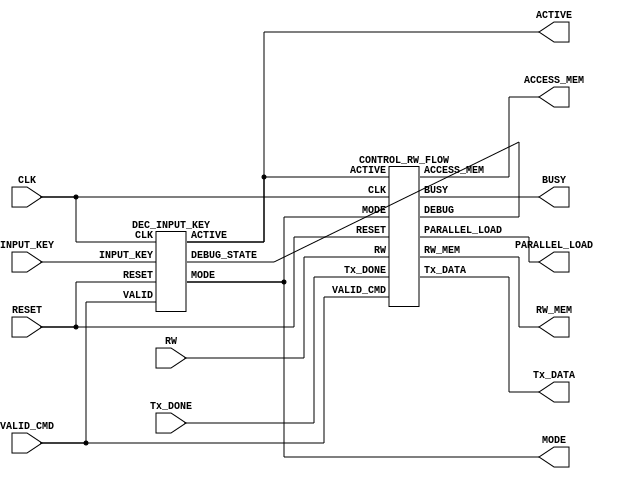
module controller(  output ACTIVE,
                    output MODE,
                    output ACCESS_MEM,
                    output RW_MEM,
                    output PARALLEL_LOAD,
                    output Tx_DATA,
                    output BUSY,
                    input  INPUT_KEY,
                    input  VALID_CMD,
                    input  RW,
                    input  Tx_DONE,
                    input  RESET,
                    input CLK);
    wire ACTIVE_TMP;
    wire MODE_TMP;

    assign ACTIVE = ACTIVE_TMP;
    assign MODE = MODE_TMP;

    wire [2:0]ignore;
    
    DEC_INPUT_KEY DRM(ACTIVE_TMP,MODE_TMP,INPUT_KEY,VALID_CMD,RESET,CLK,ignore);
    CONTROL_RW_FLOW CTRL(ACCESS_MEM,RW_MEM,PARALLEL_LOAD,Tx_DATA,BUSY,ACTIVE_TMP,MODE_TMP,VALID_CMD,RW,Tx_DONE,RESET,CLK,ignore);
endmodule

module DEC_INPUT_KEY(   output reg ACTIVE,
                        output reg MODE,
                        input      INPUT_KEY,
                        input      VALID,
                        input      RESET,
                        input      CLK,
                        output  [2:0] DEBUG_STATE);
    reg s0;
    reg s1;
    reg s2;
    wire s0_;
    wire s1_;
    wire s2_;
    assign s0_ = (s2 & ~s1 & s0) | (VALID & ~INPUT_KEY & s2 & ~s1) | (VALID & INPUT_KEY & ~s2 & ~s0);
    assign s1_ = (s2 & s1 & ~s0) | (VALID & INPUT_KEY & s1 & ~s0) | (VALID & INPUT_KEY & s2 & ~s0) | (VALID & ~INPUT_KEY & ~s2 & ~s1 & s0);
    assign s2_ = (s2 & s1 & ~s0) | (s2 & ~s1 & s0) | (VALID & s2 & ~s1) | (VALID & ~INPUT_KEY & ~s2 & s1 & s0);

    assign DEBUG_STATE = {s2,s1,s0};
    always @(posedge CLK or posedge RESET)
    begin
        if(RESET)
        begin
            s0 <= 0;
            s1 <= 0;
            s2 <= 0;
            ACTIVE <= 0;
            MODE <= 0;
        end
        else
        begin
            s0 <= s0_;
            s1 <= s1_;
            s2 <= s2_;
            
            ACTIVE <= (s2_ & s1_ & ~s0_) | (s2_ & ~s1_ & s0_);
            MODE <= (s2_ & s1_ & ~s0_);
        end
    end
endmodule

module Clock(output c);
    reg value;
    assign c = value;

    initial
        value = 0;

    always
    #5 value = ~value;
endmodule

/*
module tester_DEC_INPUT_KEY();
    wire ACTIVE;
    wire MODE;
    reg  INPUT_KEY;
    reg  VALID_CMD;
    reg  RESET;
    wire CLK;
    wire [2:0]STATE;
    Clock clk(CLK);
    DEC_INPUT_KEY dec(ACTIVE,MODE,INPUT_KEY,VALID_CMD,RESET,CLK,STATE);

    initial
    begin
        $dumpfile("dump.vcd");
        $dumpvars(0,ACTIVE,MODE,INPUT_KEY,VALID_CMD,RESET,CLK,STATE);

        RESET = 1;
        VALID_CMD = 0;

#10     RESET = 0;

        //fail on the first input
#10     VALID_CMD = 1;
        INPUT_KEY = 0;

        //fail on the second input
#7      RESET = 1;
#3      RESET = 0;
        INPUT_KEY = 1;
#10     INPUT_KEY = 1;

        //fail on the third input
#7      RESET = 1;
#3      RESET = 0;
        INPUT_KEY = 1;
#10     INPUT_KEY = 0;
#10     INPUT_KEY = 0;

        //succeed and enter mode 0
#7      RESET = 1;
#3      RESET = 0;
        INPUT_KEY = 1;
#10     INPUT_KEY = 0;
#10     INPUT_KEY = 1;
#10     INPUT_KEY = 0;
#10     INPUT_KEY = 0;

        //succeed and enter mode 1
#17      RESET = 1;
#3      RESET = 0;
        INPUT_KEY = 1;
#10     INPUT_KEY = 0;
#10     INPUT_KEY = 1;
#10     INPUT_KEY = 0;
#10     INPUT_KEY = 1;

#20     $finish();
    end
endmodule
*/

module CONTROL_RW_FLOW( output reg ACCESS_MEM,
                        output reg RW_MEM,
                        output reg PARALLEL_LOAD,
                        output reg Tx_DATA,
                        output reg BUSY,
                        input      ACTIVE,
                        input      MODE,
                        input      VALID_CMD,
                        input      RW,
                        input      Tx_DONE,
                        input      RESET,
                        input      CLK,
                        output [2:0] DEBUG);
    reg [2:0] state;
    reg [2:0] next_state;

    assign DEBUG = state;
    
    always @(posedge CLK or posedge RESET)
    begin
        if(RESET)
            state <= 0;
        else
            state <= next_state;
        
    end

    always @(state, ACTIVE,MODE,VALID_CMD,RW,Tx_DONE)
    begin
        case(state)
            0:begin
                if(VALID_CMD == 1 && RW == 0 && ACTIVE == 1 && MODE == 1 && Tx_DONE == 1) next_state <= 1;
                else if(VALID_CMD == 1 && RW == 1 && ACTIVE == 1 && MODE == 1) next_state <= 4;
                else if(VALID_CMD == 1 && ACTIVE == 1 && MODE == 0 && Tx_DONE == 1) next_state <= 5;
                else next_state <= 0;
            end
            1:begin
                if(ACTIVE == 1 && MODE == 1 && Tx_DONE == 1) next_state <= 2;
                else next_state <= 0;
            end
            2:begin
                if(ACTIVE == 1 && MODE == 1) next_state <= 3;
                else next_state <= 0;
            end
            3:begin
                if(ACTIVE == 1 && MODE == 1 && Tx_DONE == 0) next_state <= 3;
                else next_state <= 0;
            end
            4:begin
                next_state <= 0;
            end
            5:begin
                if(ACTIVE == 1 && MODE == 0) next_state <= 6;
                else next_state <= 0;
            end
            6:begin
                if(ACTIVE == 1 && MODE == 0 && Tx_DONE == 0) next_state <= 6;
                else next_state <= 0;
            end
        endcase
    end

    always @(state)
    begin
        case(state)
            0:begin
                ACCESS_MEM <= 0;
                RW_MEM <= 0;
                PARALLEL_LOAD <= 0;
                Tx_DATA <= 0;
                BUSY <= 0;
            end
            1:begin
                ACCESS_MEM <= 1;
                RW_MEM <= 0;
                PARALLEL_LOAD <= 0;
                Tx_DATA <= 0;
                BUSY <= 1;
            end
            2:begin
                ACCESS_MEM <= 0;
                RW_MEM <= 0;
                PARALLEL_LOAD <= 1;
                Tx_DATA <= 1;
                BUSY <= 1;
            end
            3:begin
                ACCESS_MEM <= 0;
                RW_MEM <= 0;
                PARALLEL_LOAD <= 0;
                Tx_DATA <= 0;
                BUSY <= 1;
            end
            4:begin
                ACCESS_MEM <= 1;
                RW_MEM <= 1;
                PARALLEL_LOAD <= 0;
                Tx_DATA <= 0;
                BUSY <= 0;
            end
            5:begin
                ACCESS_MEM <= 0;
                RW_MEM <= 0;
                PARALLEL_LOAD <= 1;
                Tx_DATA <= 1;
                BUSY <= 1;
            end
            6:begin
                ACCESS_MEM <= 0;
                RW_MEM <= 0;
                PARALLEL_LOAD <= 0;
                Tx_DATA <= 0;
                BUSY <= 1;
            end
        endcase
    end
endmodule

module D_FF(output reg Q,
            input      D,
            input      CLK);
    always @(posedge CLK)
    begin
        Q <= D;
    end
endmodule

module tester();
    wire ACCESS_MEM;
    wire RW_MEM;
    wire PARALLEL_LOAD;
    wire Tx_DATA;
    wire BUSY;
    reg ACTIVE;
    reg MODE;
    reg VALID_CMD;
    reg RW;
    reg Tx_DONE;
    reg RESET;
    wire CLK;
    Clock clk(CLK);
    wire [2:0]STATE;
    CONTROL_RW_FLOW DUT(ACCESS_MEM,RW_MEM,PARALLEL_LOAD,Tx_DATA,BUSY,ACTIVE,MODE,VALID_CMD,RW,Tx_DONE,RESET,CLK,STATE);
    
    initial
    begin
        $dumpfile("flow.vcd");
        $dumpvars(0,ACCESS_MEM,RW_MEM,PARALLEL_LOAD,Tx_DATA,BUSY,ACTIVE,MODE,VALID_CMD,RW,Tx_DONE,RESET,CLK,STATE);
        
        RESET = 1;
        ACTIVE = 1;
        MODE = 0;
        VALID_CMD = 0;
        RW = 0;
        Tx_DONE = 0;

        //0
#10     RESET = 0;

        //0 -> 0
#10     VALID_CMD = 0;

        //0 -> 1
#10     VALID_CMD = 1;
        RW = 0;
        ACTIVE = 1;
        MODE = 1;
        Tx_DONE = 1;

        //1 -> 2
#10     ACTIVE = 1;
        MODE = 1;
        Tx_DONE = 1;

        //2 -> 3
#10     VALID_CMD = 1;
        RW = 0;
        ACTIVE = 1;
        MODE = 1;
        Tx_DONE = 0;

        //3 -> 3
#10     ACTIVE = 1;
        MODE = 1;
        Tx_DONE = 0;
        
        //3 -> 0
#10     VALID_CMD = 1;
        RW = 0;
        ACTIVE = 1;
        MODE = 1;
        Tx_DONE = 1;

        //0 -> 1
#10     VALID_CMD = 1;
        RW = 0;
        ACTIVE = 1;
        MODE = 1;
        Tx_DONE = 1;

        //1 -> 2
#10     ACTIVE = 1;
        MODE = 1;
        Tx_DONE = 1;

        //2 -> 0
#10     ACTIVE = 1;
        MODE = 0;

        //0 -> 1
#10     VALID_CMD = 1;
        RW = 0;
        ACTIVE = 1;
        MODE = 1;
        Tx_DONE = 1;

        //1 -> 0
#10     ACTIVE = 0;
        MODE = 0;
        Tx_DONE = 0;

        //0 -> 4
#10     VALID_CMD = 1;
        RW = 1;
        ACTIVE = 1;
        MODE = 1;

        //4 -> 0 - nothing really
#10     ACTIVE = 1;
        MODE = 1;
        Tx_DONE = 1;

        //0 -> 5
#10     VALID_CMD = 1;
        ACTIVE = 1;
        MODE = 0;
        Tx_DONE = 1;

        //5 -> 0
#10     ACTIVE = 0;

        //0 -> 5
#10     VALID_CMD = 1;
        ACTIVE = 1;
        MODE = 0;
        Tx_DONE = 1;

        //5 -> 6
#10     ACTIVE = 1;
        MODE = 0;

        //6 -> 6
#10     ACTIVE = 1;
        MODE = 0;
        Tx_DONE = 0;

        //6 -> 0
#10     ACTIVE = 1;
        MODE = 0;
        Tx_DONE = 1;

#15     $finish();
    end

endmodule